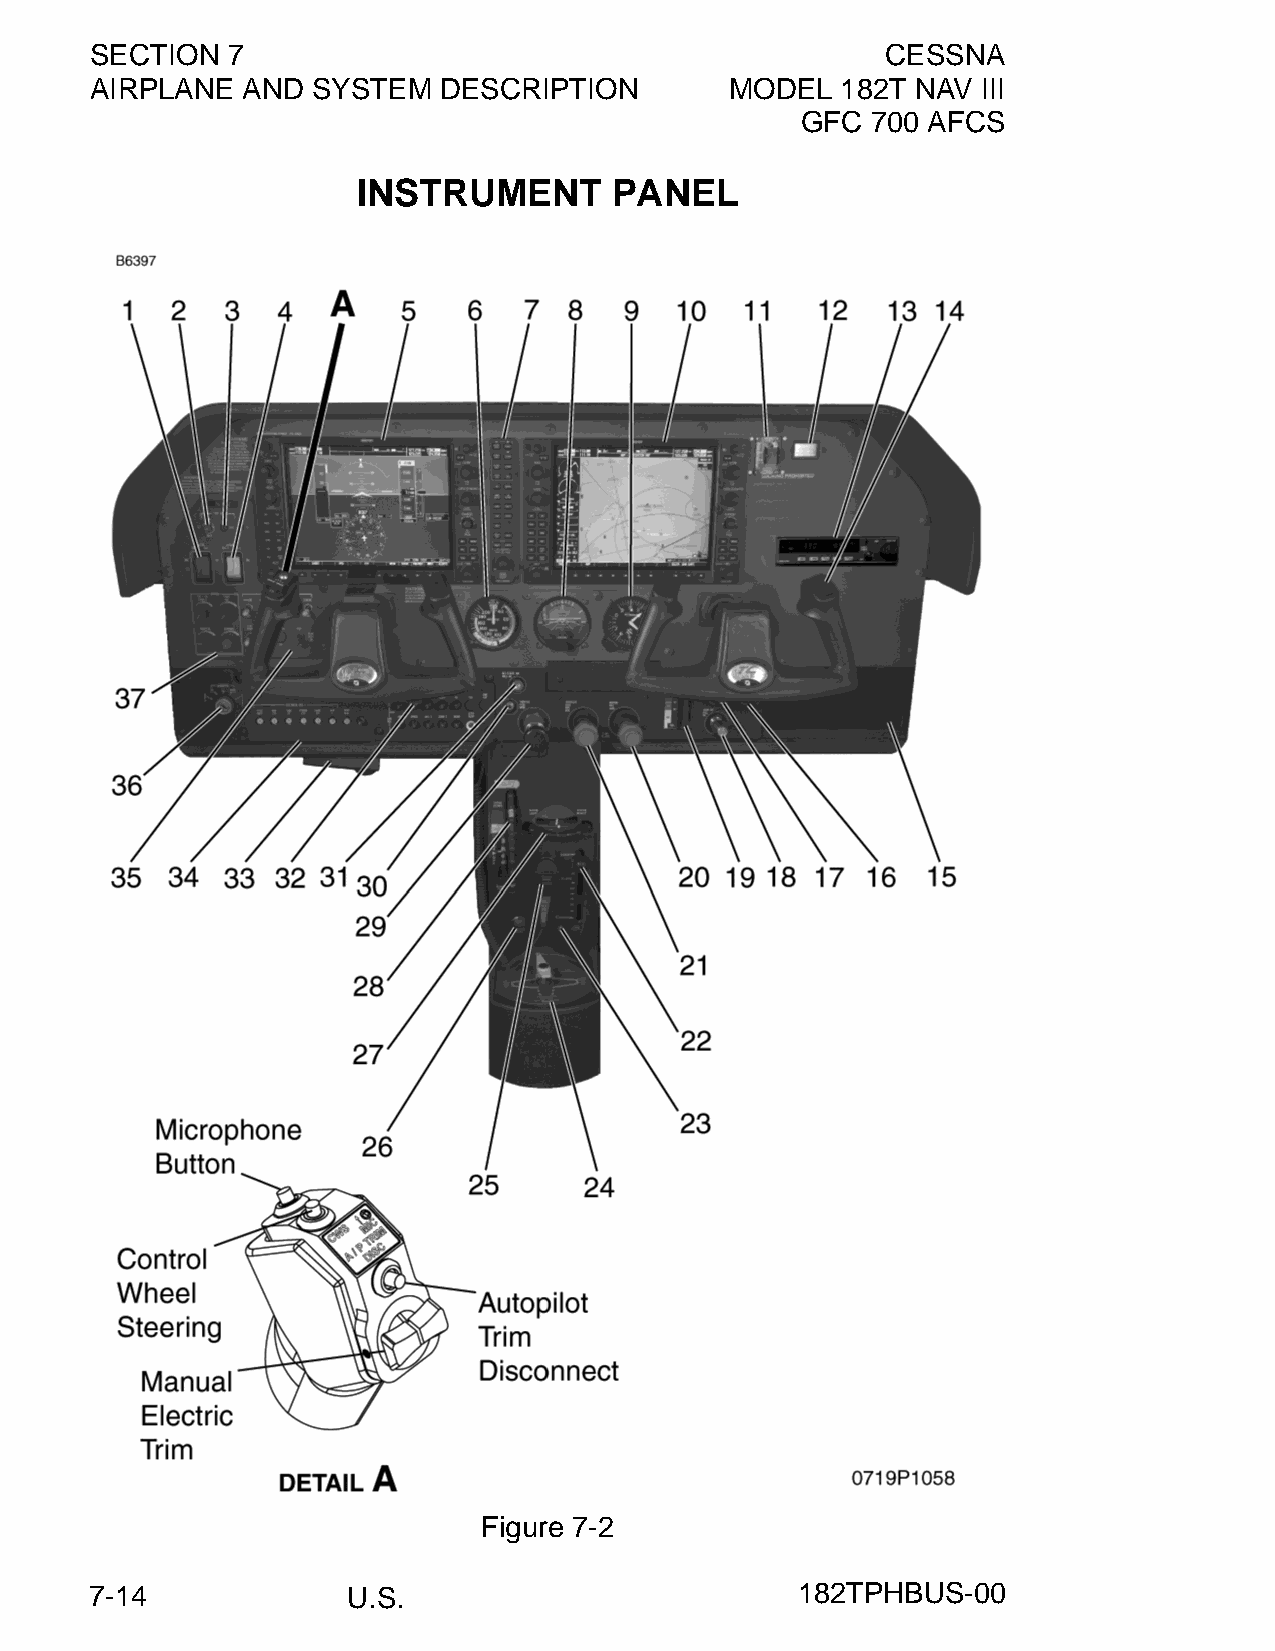
SECTION  7                                           CESSNA
 AIRPLANE  AND  SYSTEM  DESCRIPTION        MODEL   182T NAV III
 GFC  700 AFCS
 INSTRUMENT       PANEL
 Figure 7-2
 7-14             U.S.                          182TPHBUS-00